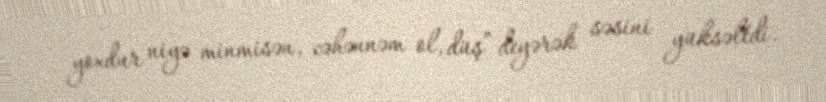
yoxdur niyə minmisən, cəhənnəm ol, düş” deyərək səsini yüksəltdi.